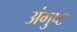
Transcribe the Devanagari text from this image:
अंगुष्ट